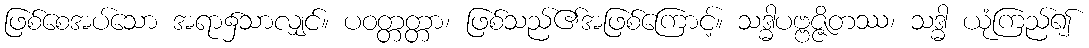
ဖြစ်စေအပ်သော အရာ၌သာလျှင်။ ပဝတ္တတ္တာ၊ ဖြစ်သည်၏အဖြစ်ကြောင့်။ သဒ္ဓါပဗ္ဗဇ္ဇိတဿ၊ သဒ္ဓါ ယုံကြည်၍